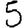
Digit: 5